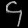
Digit: ၄